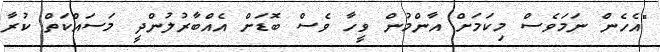
"އެހެން ނަމަވެސް މިކަމަށް އާންމުން ވީހާ ވެސް ބޮޑަށް އެއްބާރުލުންދީ މަސައްކަތް ކުރާ